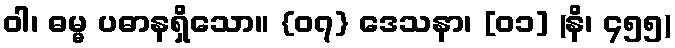
ဝါ၊ ဓမ္မ ပဓာနရှိသော။ {၀၇} ဒေသနာ၊ [၀၁] (နိ၊ ၄၅၅)